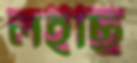
লইছি